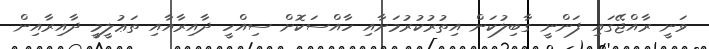
ވަނީ ރާއްޖޭގައި ފަންނީ ގާބިލުކަން އިތުރުކުރުމަށާއި ހާއްސަކޮށް ސިއްހީ ދާއިރާއާއި ތަޢުލީމީ ދާއިރާއިން